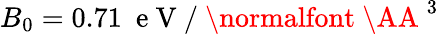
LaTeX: B_{0}=0.71\ \mathrm{~e~V~}/\mathrm{~\normalfont~\AA~}^{3}